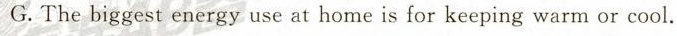
G.Thebiggest energy use at home is for keeping warm or cool.